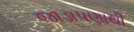
જાડાપણાથી